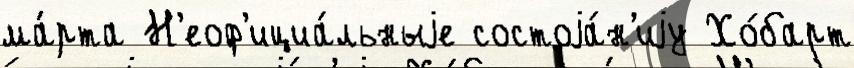
ма́рта Н'еоф'ициа́льныjе состоjа́н'иjу Хо́барт